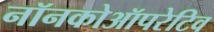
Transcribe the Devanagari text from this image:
नॉनकोऑपरेटिव